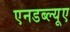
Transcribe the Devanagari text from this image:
एनडब्ल्यूए